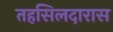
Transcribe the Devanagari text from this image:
तहसिलदारास